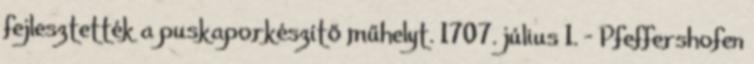
fejlesztették a puskaporkészítő műhelyt. 1707. július 1. – Pfeffershofen